Annual administration report of the Civil Veterinary Department of India - 1900-1901
Year: 1900
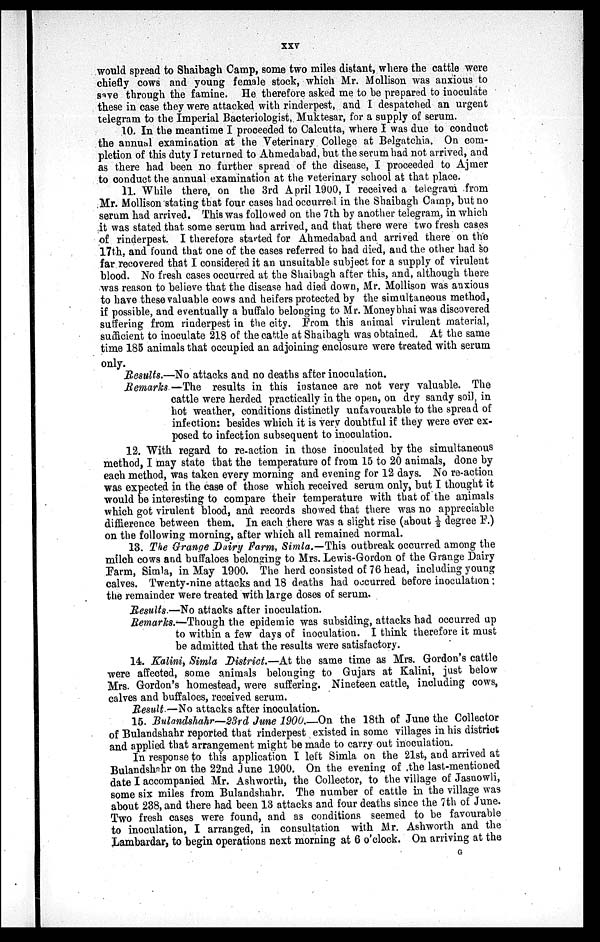
XXV
would spread to Shaibagh Camp, some two miles distant, where the cattle were
chiefly cows and young female stock, which Mr. Mollison was anxious to
save through the famine. He therefore asked me to be prepared to inoculate
these in case they were attacked with rinderpest, and I despatched an urgent
telegram to the Imperial Bacteriologist, Muktesar, for a supply of serum.
10. In the meantime I proceeded to Calcutta, where I was due to conduct
the annual examination at the Veterinary College at Belgatchia. On com-
pletion of this duty I returned to Ahmedabad, but the serum had not arrived, and
as there had been no further spread of the disease, I proceeded to Ajmer
to conduct the annual examination at the veterinary school at that place.
11. While there, on the 3rd April 1900, I received a telegram from
Mr. Mollison stating that four cases had occurred in the Shaibagh Camp, but no
serum had arrived. This was followed on the 7th by another telegram, in which
it was stated that some serum had arrived, and that there were two fresh cases
of rinderpest. I therefore started for Ahmedabad and arrived there on the
17th, and found that one of the cases referred to had died, and the other had so
far recovered that I considered it an unsuitable subject for a supply of virulent
blood. No fresh cases occurred at the Shaibagh after this, and, although there
was reason to believe that the disease had died down, Mr. Mollison was anxious
to have these valuable cows and heifers protected by the simultaneous method,
if possible, and eventually a buffalo belonging to Mr. Moneybhai was discovered
suffering from rinderpest in the city. From this animal virulent material,
sufficient to inoculate 218 of the cattle at Shaibagh was obtained. At the same
time 185 animals that occupied an adjoining enclosure were treated with serum
only.
Results.—No attacks and no deaths after inoculation.
Remarks —The results in this instance are not very valuable. The
cattle were herded practically in the open, on dry sandy soil, in
hot weather, conditions distinctly unfavourable to the spread of
infection: besides which it is very doubtful if they were ever ex-
posed to infection subsequent to inoculation.
12. With regard to re-action in those inoculated by the simultaneous
method, I may state that the temperature of from 15 to 20 animals, done by
each method, was taken every morning and evening for 12 days. No re-action
was expected in the case of those which received serum only, but I thought it
would be interesting to compare their temperature with that of the animals
which got virulent blood, and records showed that there was no appreciable
diffierence between them. In each there was a slight rise (about ½ degree F.)
on the following morning, after which all remained normal.
13. The Grange Dairy Farm, Simla.—This outbreak occurred among the
milch cows and buffaloes belonging to Mrs. Lewis-Gordon of the Grange Dairy
Farm, Simla, in May 1900. The herd consisted of 76 head, including young
calves. Twenty-nine attacks and 18 deaths had occurred before inoculation:
the remainder were treated with large doses of serum.
Results.—No attacks after inoculation.
Remarks.—Though the epidemic was subsiding, attacks had occurred up
to within a few days of inoculation. I think therefore it must
be admitted that the results were satisfactory.
14. Kalini, Simla District.—At the same time as Mrs. Gordon's cattle
were affected, some animals belonging to Gujars at Kalini, just below
Mrs. Gordon's homestead, were suffering. Nineteen cattle, including cows,
calves and buffaloes, received serum.
Result —No attacks after inoculation.
15. Bulandshahr—23rd June 1900.—On the 18th of June the Collector
of Bulandshahr reported that rinderpest existed in some villages in his district
and applied that arrangement might be made to carry out inoculation.
In response to this application I left Simla on the 21st, and arrived at
Bulandshahr on the 22nd June 1900. On the evening of the last-mentioned
date I accompanied Mr. Ashworth, the Collector, to the village of Jasnowli,
some six miles from Bulandshahr. The number of cattle in the village was
about 238, and there had been 13 attacks and four deaths since the 7th of June.
Two fresh cases were found, and as conditions seemed to be favourable
to inoculation, I arranged, in consultation with Mr. Ashworth and the
Lambardar, to begin operations next morning at 6 o'clock. On arriving at the
G